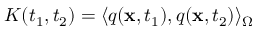
K ( t _ { 1 } , t _ { 2 } ) = \langle q ( \mathbf { x } , t _ { 1 } ) , q ( \mathbf { x } , t _ { 2 } ) \rangle _ { \Omega }